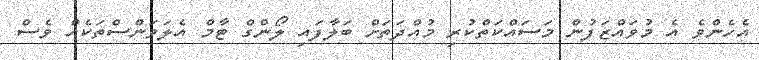
އެހެންވެ އެ މުވައްޒަފުން މަސައްކަތްކުރި މުއްދަތަށް ބަލާފައި ލޯންގް ޓާމް އެލަވަންސްތަކެއް ވެސް